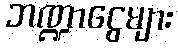
ဘဏ္ဍာငွေများ